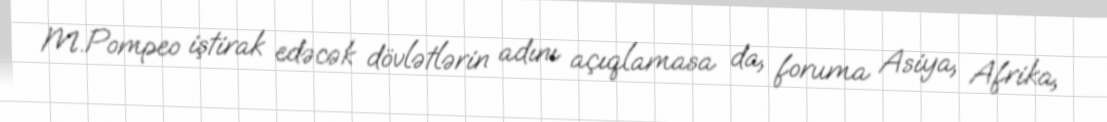
M.Pompeo iştirak edəcək dövlətlərin adını açıqlamasa da, foruma Asiya, Afrika,